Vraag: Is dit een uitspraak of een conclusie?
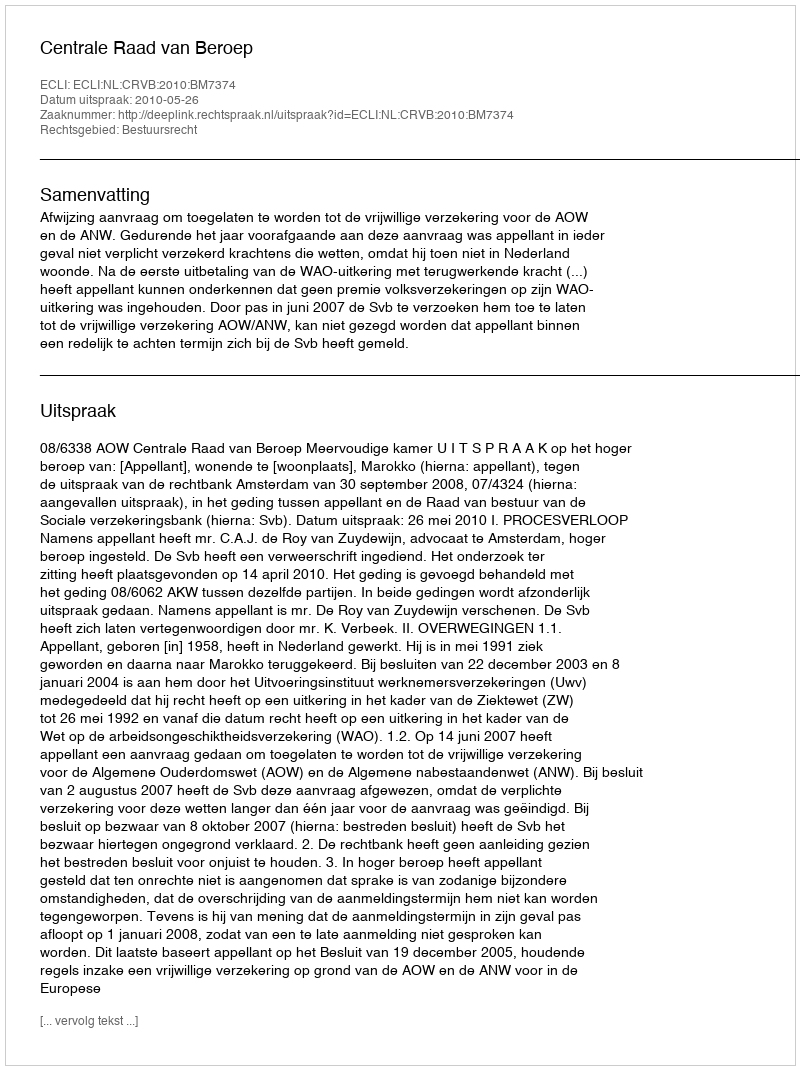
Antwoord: Uitspraak